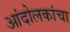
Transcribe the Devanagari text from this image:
आंदोलकांचा